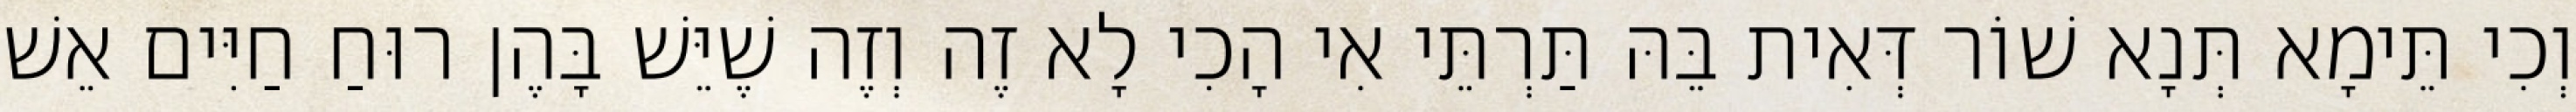
וְכִי תֵּימָא תְּנָא שׁוֹר דְּאִית בֵּהּ תַּרְתֵּי אִי הָכִי לָא זֶה וְזֶה שֶׁיֵּשׁ בָּהֶן רוּחַ חַיִּים אֵשׁ